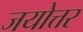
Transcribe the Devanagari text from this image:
जयोत्तर